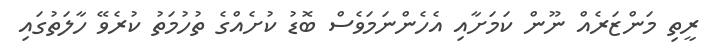
ރީތި މަންޒަރެއް ނޫން ކަމަށާއި އެހެންނަމަވެސް ބޮޑު ކުށެއްގެ ތުހުމަތު ކުރެވޭ ހާލަތުގައި